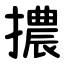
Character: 擃